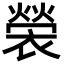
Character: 褮